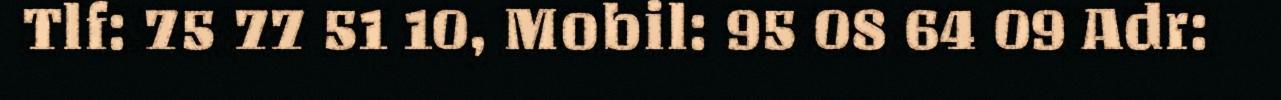
Tlf: 75 77 51 10, Mobil: 95 08 64 09 Adr: